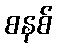
စနစ်